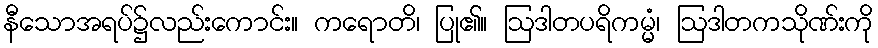
နီသောအရပ်၌လည်းကောင်း။ ကရောတိ၊ ပြု၏။ ဩဒါတပရိကမ္မံ၊ ဩဒါတကသိုဏ်းကို